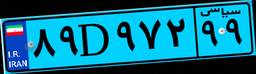
۷۸D۲۶۳۲۶